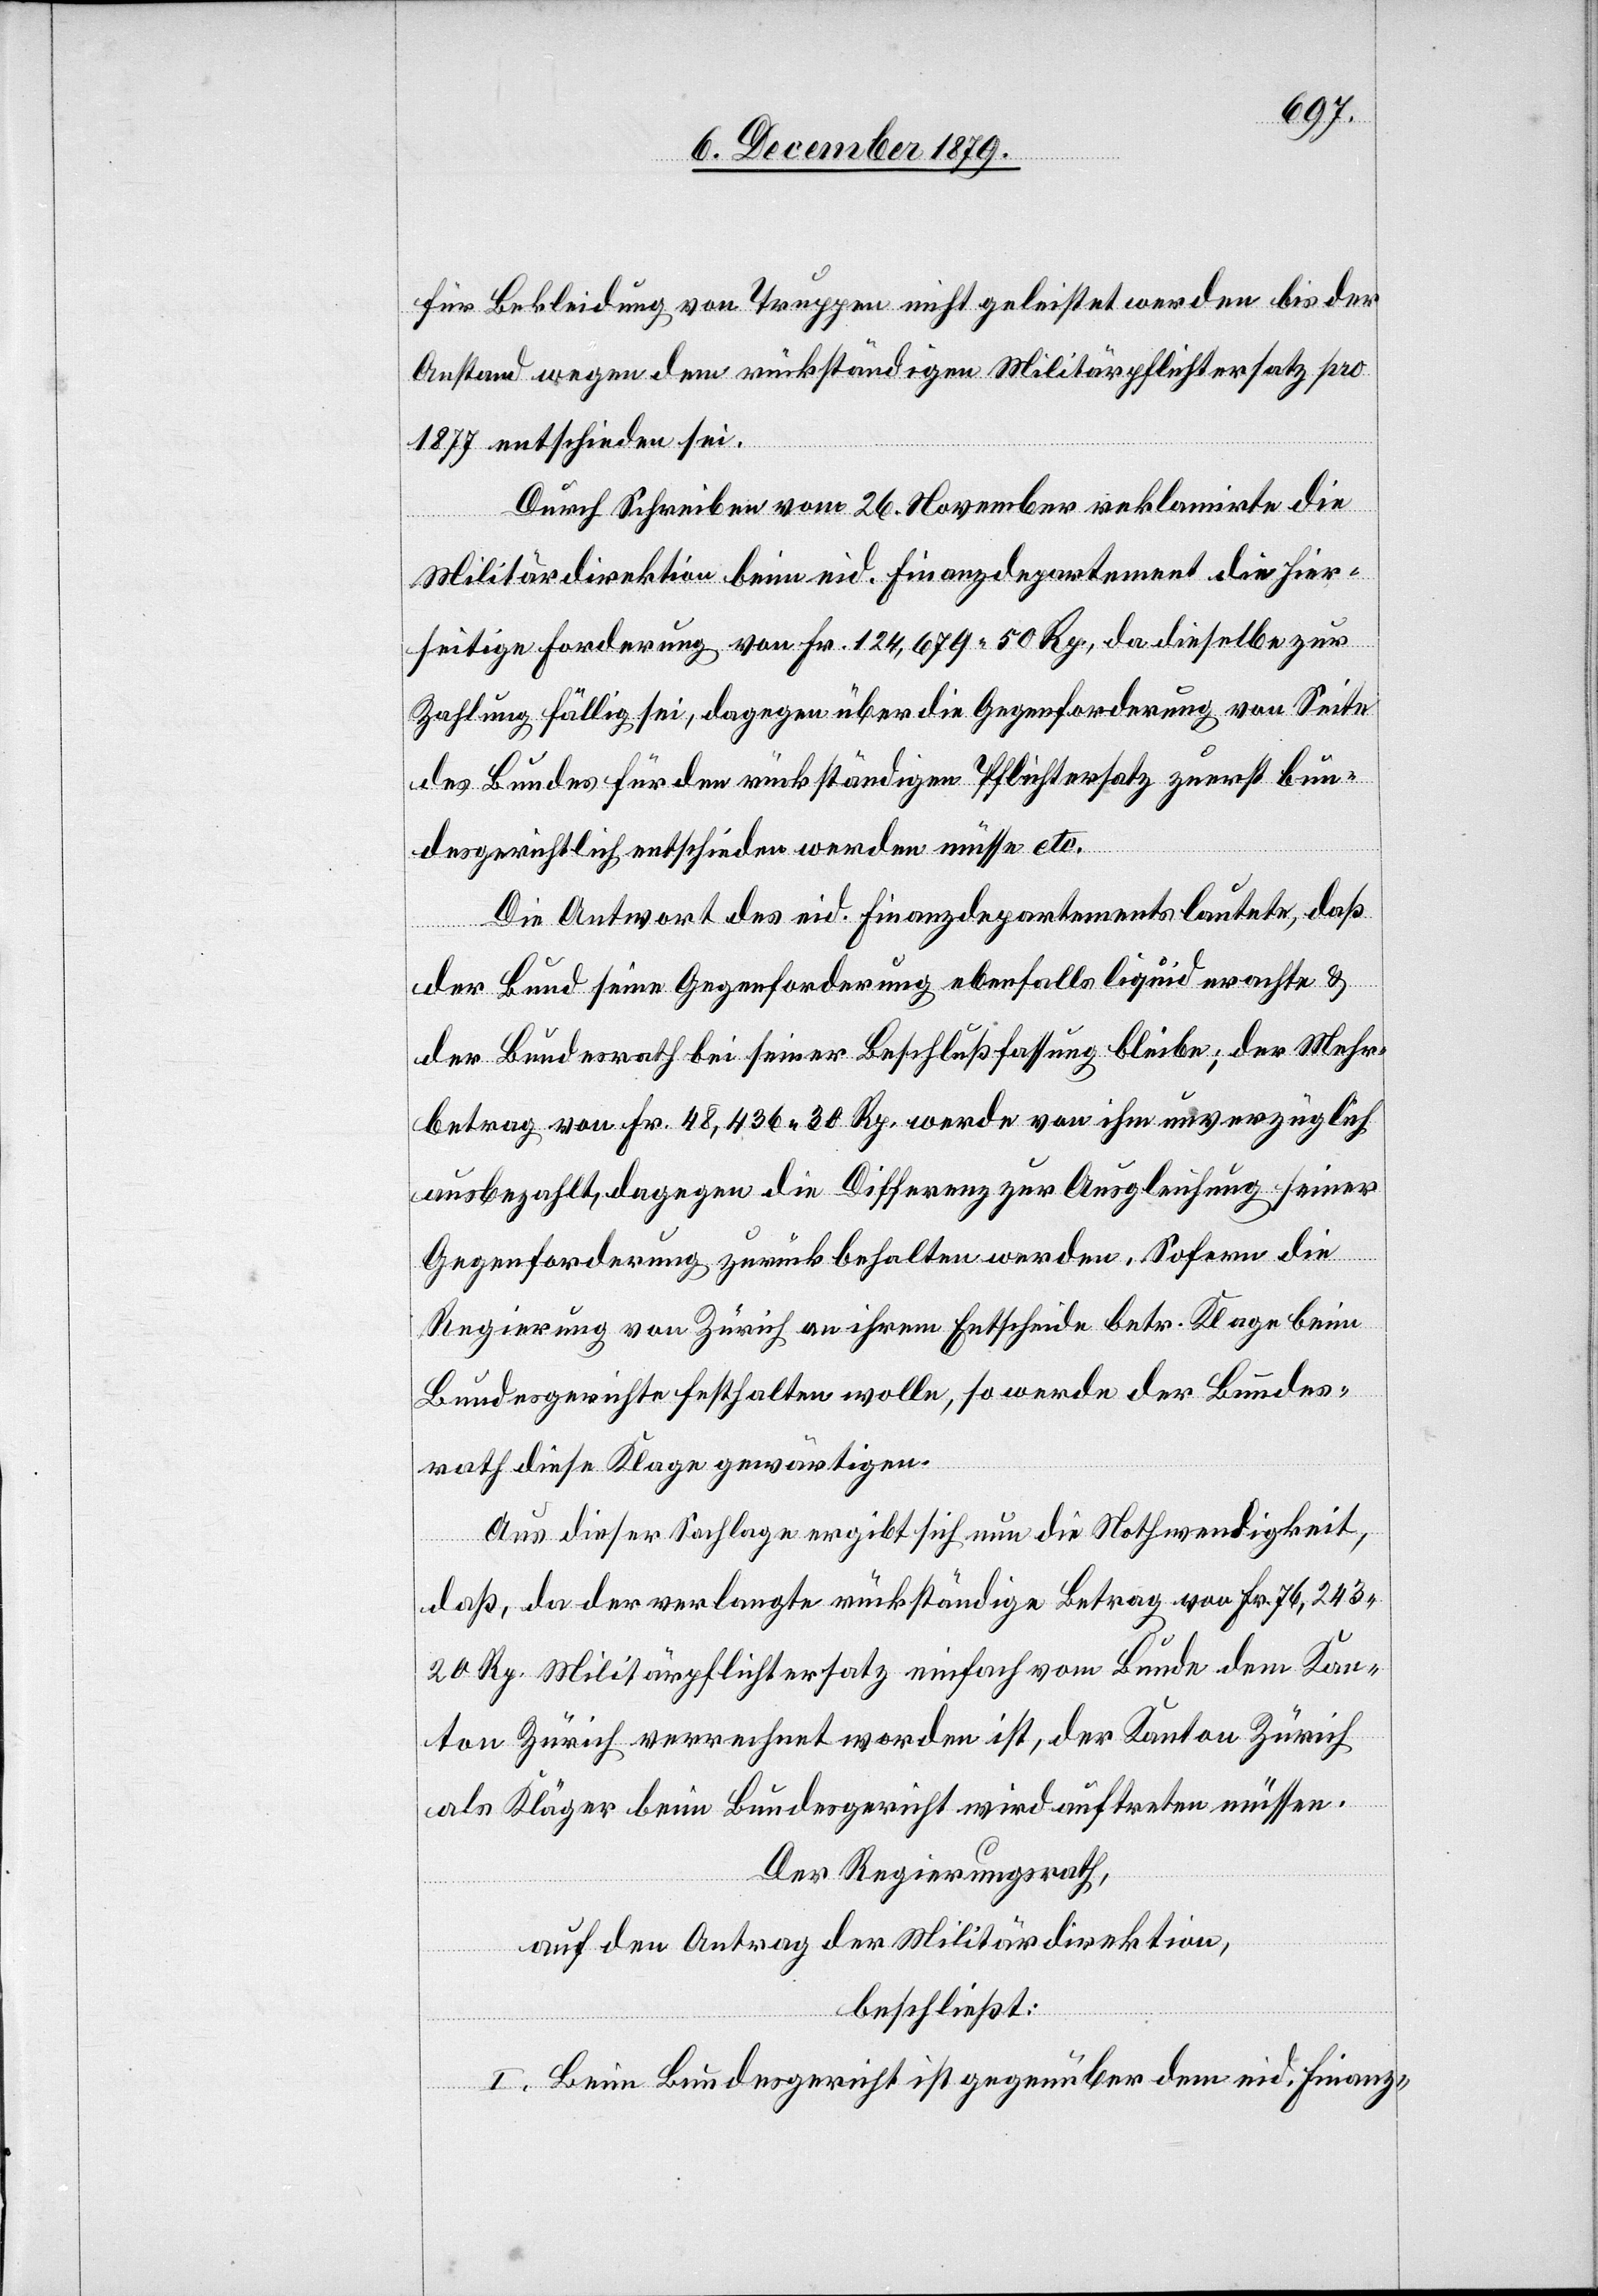
für Bekleidung von Truppen nicht geleistet werden bis der
Anstand wegen dem rückständigen Militärpflichtersatz pro
1877 entschieden sei.
Durch Schreiben vom 26. November reklamirte die
Militärdirektion beim eid. Finanzdepartement die hier¬
seitige Forderung von Fr. 124,679 50 Rp, da dieselbe zur
Zahlung fällig sei, dagegen über die Gegenforderung von Seite
des Bundes für den rückständigen Pflichtersatz zuerst bun¬
desgerichtlich entschieden werden müsse etc.
Die Antwort des eid. Finanzdepartements lautetet, daß
der Bund seine Gegenforderung ebenfalls liquid erachte &
der Bundesrath bei seiner Beschlußfassung bleibe; der Mehr¬
betrag von Fr. 48,436 30 Rp. werde von ihm unverzüglich
ausbezahlt, dagegen die Differenz zur Ausgleichung seiner
Gegenforderung zurück behalten werden. Sofern die
Regierung von Zürich an ihrem Entscheide betr. Klage beim
Bundesgericht festhalten wolle, so werde der Bundes¬
rath diese Klage gewärtigen.
Aus dieser Sachlage ergibt sich nun die Nothwendigkeit,
daß, da der verlangte rückständige Betrag von Fr. 76,243
20 Rp Militärpflichtersatz einfach vom Bunde dem Kan¬
ton Zürich verrechnet worden ist, der Kanton Zürich
als Kläger beim Bundesgericht wird auftreten müssen.
Der Regierungsrath,
auf den Antrag der Militärdirektion,
beschließt:
I. Beim Bundesgericht ist gegenüber dem eid. Finanz-